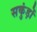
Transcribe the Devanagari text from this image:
सकुंड़ों